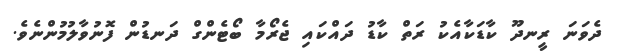
ދެވަނަ ރީނދޫ ކާޑަކާއެކު ރަތް ކާޑު ދައްކައި ޖެރޯމާ ބޯޓެންގް ދަނޑުން ފޮނުވާލުމުންނެވެ.